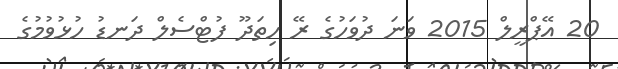
20 އޭޕްރީލް 2015 ވަނަ ދުވަހުގެ ރޭ ހިތަދޫ ފުޓްސެލް ދަނޑު ހުޅުވުުމުގެ